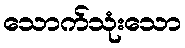
သောက်သုံးသော